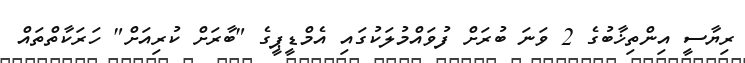
ރިޔާސީ އިންތިޚާބުގެ 2 ވަނަ ބުރަށް ފުވައްމުލަކުގައި އެމްޑީޕީގެ "ބާރަށް ކުރިއަށް" ހަރަކާތްތައް